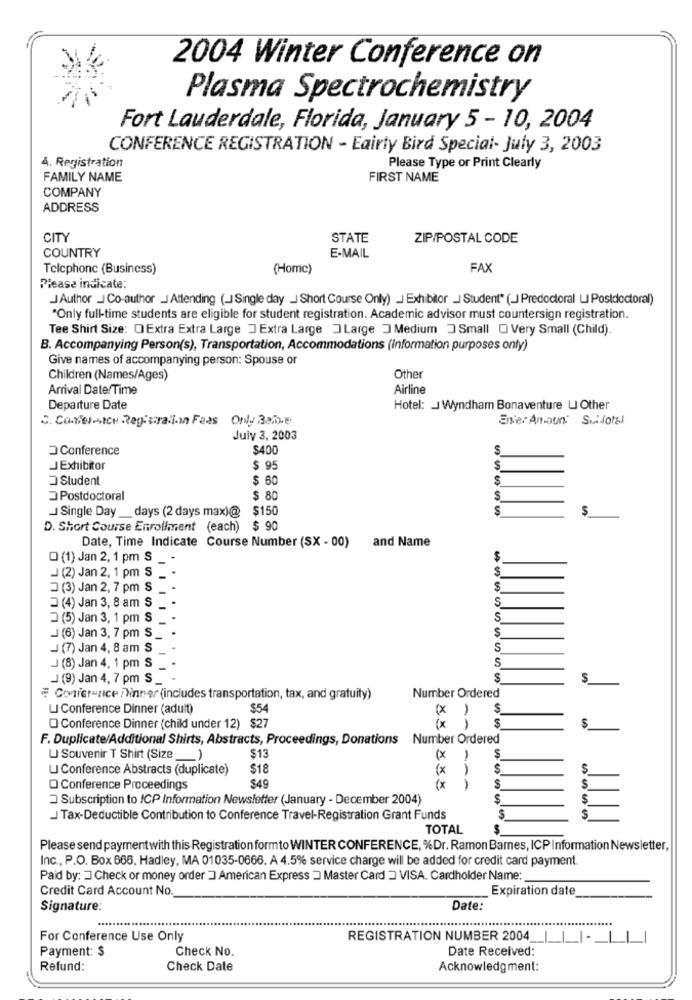
2004 Winter Conference on
Plasma Spectrochemistry
Fort Lauderdale, Florida, January 5 - 10, 2004
CONFERENCE REGISTRATION - Fairly Bird Special- July 3, 2003
Å. Registration
Please Type or Print Clearly
FAMILY NAME
FIRST NAME
COMPANY
ADDRESS
CITY
STATE
ZIP/POSTAL CODE
COUNTRY
E-MAIL
Telephone (Business)
(Home)
FAX
Please indicate:
J Author _J Co-author J Attending (-J Single day _J Short Course Only) J Exhibitor - Student" (_) Predoctoral LI Postdoctoral)
*Only full-time students are eligible for student registration. Academic advisor must countersign registration.
Tee Shirt Size: OExtra Extra Large J Extra Large ]Large ] Medium ] Small O Very Small (Child).
B. Accompanying Person(s), Transportation, Accommodations (Information purposes only)
Give names of accompanying person: Spouse or
Children (Names/Ages)
Other
Arrival Date/Time
Airline
Departure Date
Hotel: J Wyndham Bonaventure U Other
C. Castel-ICH Registration Fees Only Be
Enie: Anaun' Sulfotel
July 3, 2003
Conference
$400
$
JExhibitor
$ 95
$
Student
$ 60
$
Postdoctoral
$ 80
S
J Single Day __ days (2 days max)@ $150
S
D. Short Course Enrollment (each) $ 90
Date, Time Indicate Course Number (SX - 00) and Name
O (1) Jan 2, 1 pm S
$
$
J (2) Jan 2, 1 pm S
3 (3) Jan 2, 7 pm S
S
S
3 (4) Jan 3, 8 am S
D (5) Jan 3, 1 pm S
S
$
J (6) Jan 3, 7 pm S.
J (7) Jan 4, 8 am S
S
J (8) Jan 4, 1 pm S
S
J (9) Jan 4, 7 pm S
$
$
Number Ordered
Conier-nice 7Vinner (includes transportation, tax, and gratuity)
U Conference Dinner (adult)
$54
(X
S
ix
O Conference Dinner (child under 12) $27
F. Duplicate/Additional Shirts, Abstracts, Proceedings, Donations Number Ordered
S
U Souvenir T Shirt (Size
1
$13
(x
U Conference Abstracts (duplicate)
$18
(x
$
$
Q Conference Proceedings
$49
(x
$
Subscription to ICP Information Newsletter (January - December 2004)
J Tax-Deductible Contribution to Conference Travel-Registration Grant Funds
TOTAL
$
Please send payment with this Registration formto WINTER CONFERENCE, %Dr. Ramon Barnes, ICP Information Newsletter,
Inc ., P.O. Box 666. Hadley, MA 01035-0666. A 4.5% service charge will be added for credit card payment.
Paid by: ] Check or money order ] American Express ] Master Card VISA. Cardholder Name:
Credit Card Account No.
Expiration date
Signature:
Date:
For Conference Use Only
REGISTRATION NUMBER 2004_I_
Payment: $
Check No.
Date Received:
Refund:
Check Date
Acknowledgment: